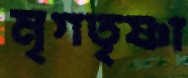
মৃগতৃষ্ণা